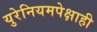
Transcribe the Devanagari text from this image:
युरेनियमपेक्षाही